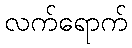
လက်ရောက်